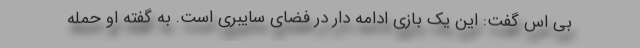
بی اس گفت: این یک بازی ادامه دار در فضای سایبری است. به گفته او حمله